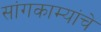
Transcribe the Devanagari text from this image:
सांगकाम्यांचे